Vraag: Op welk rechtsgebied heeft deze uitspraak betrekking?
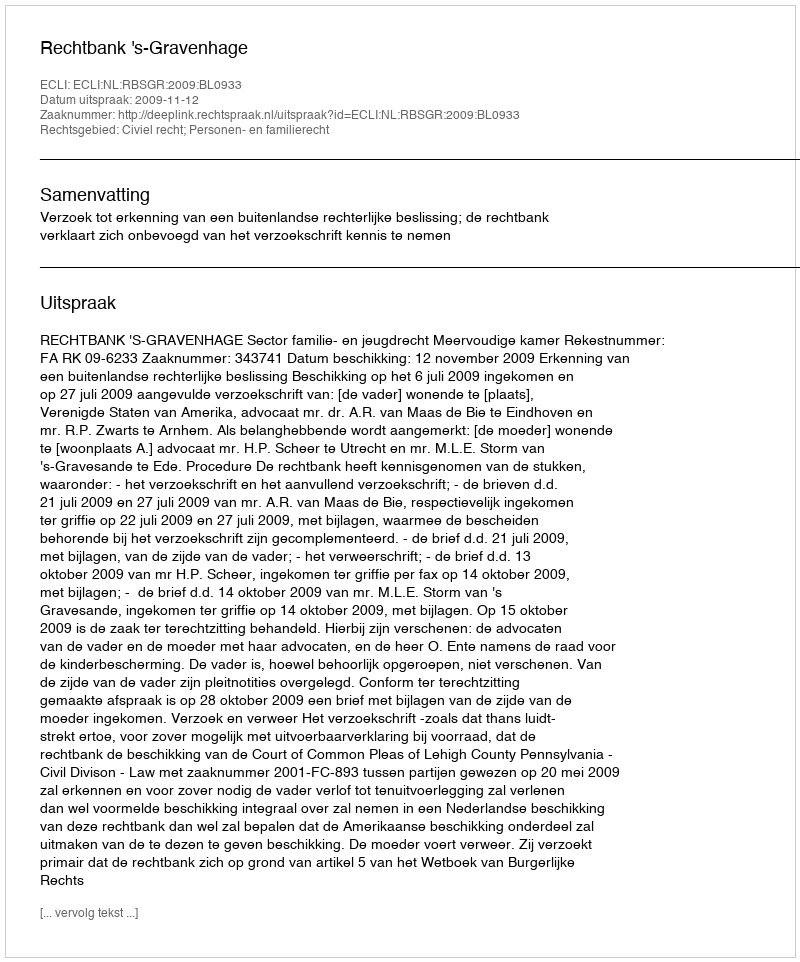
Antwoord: Civiel recht; Personen- en familierecht